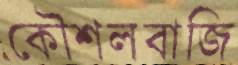
কৌশলবাজি